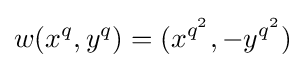
w(x^{q},y^{q})=(x^{q^{2}},-y^{q^{2}})